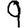
Digit: 9